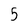
Character: 5